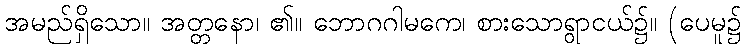
အမည်ရှိသော။ အတ္တနော၊ ၏။ ဘောဂဂါမကေ၊ စားသောရွာငယ်၌။ (ပေမူ၌